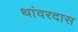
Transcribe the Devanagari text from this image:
थांवरदास